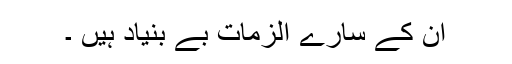
ان کے سارے الزمات بے بنیاد ہیں ۔